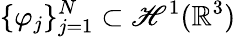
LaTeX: \{ \varphi_{j}\} _{j=1}^{N}\subset\mathscr{H}^{1}(\mathbb{{R}}^{3})